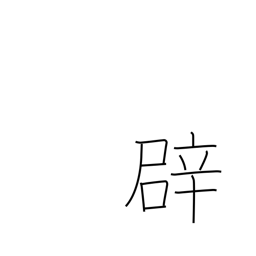
Meaning: false